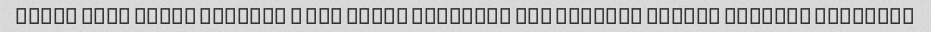
Aslan khob nabod keyfiat ۰ sos ezafe nazashte bod changal baraye saladam haminjor